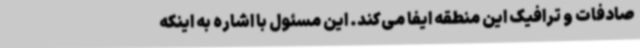
صادفات و ترافیک این منطقه ایفا می‌کند. این مسئول با اشاره به اینکه